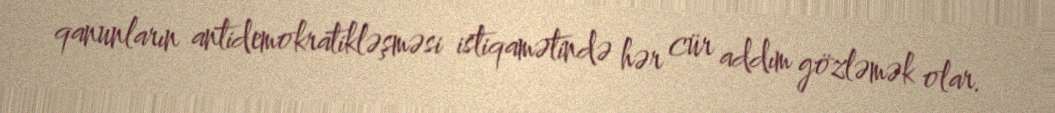
qanunların antidemokratikləşməsi istiqamətində hər cür addım gözləmək olar.